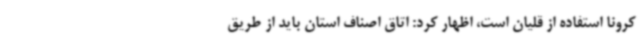
کرونا استفاده از قلیان است، اظهار کرد: اتاق اصناف استان باید از طریق